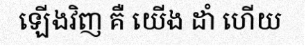
ឡើងវិញ គឺ យើង ដាំ ហើយ